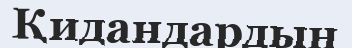
Қидандардың